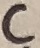
Text: C